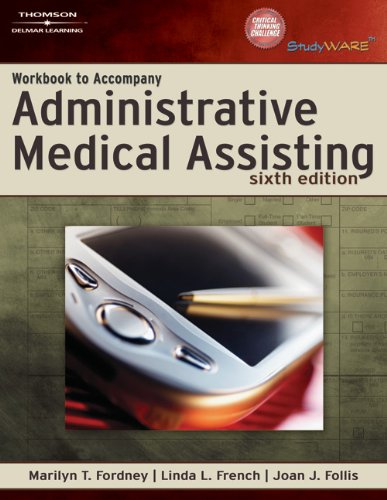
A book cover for Workbook to Accompany Administrative Medical Assisting; Marilyn T. Fordney; Medical Books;